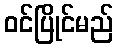
ဝင်ပြိုင်မည်